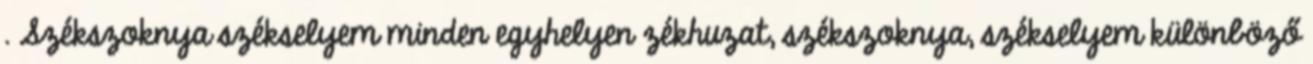
. Székszoknya székselyem minden egyhelyen zékhuzat, székszoknya, székselyem különböző